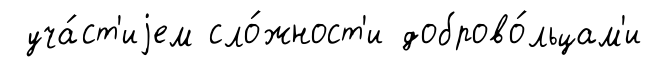
уча́ст'иjем сло́жност'и доброво́льцам'и